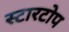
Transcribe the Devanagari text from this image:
स्टारटोप